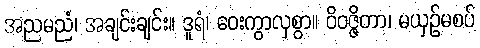
အညမညံ၊ အချင်းချင်း။ ဒူရံ၊ ဝေးကွာလှစွာ။ ဝိဝဇ္ဇိတာ၊ မယှဉ်မစပ်